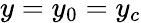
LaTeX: y=y_{0}=y_{c}